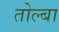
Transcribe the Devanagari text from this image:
तोल्बा